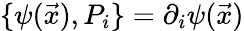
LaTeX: \{ \psi(\vec{x}),P_{i}\} =\partial_{i}\psi(\vec{x})